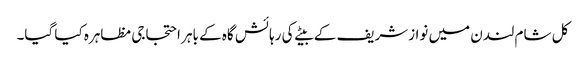
کل شام لندن میں نوازشریف کے بیٹے کی رہائش گاہ کے باہر احتجاجی مظاہرہ کیا گیا۔